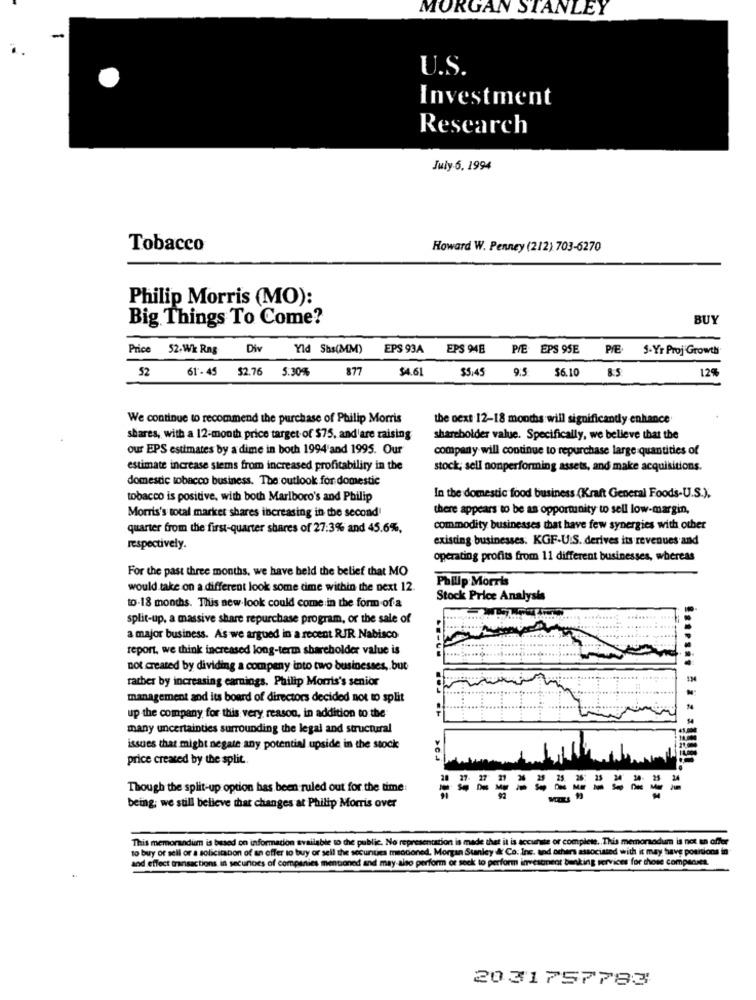
MORGAN STANLEY
-
U.S.
Investment
Research
July.6. 1994
Tobacco
Howard W. Penney (212) 703-6270
Philip Morris (MO):
Big Things To Come?
BUY
Price
52.Wk Rng
Div
Yld Shs(MM)
EPS 93A
EPS 94B
P/E EPS 95E
5-Yr Proj Growth
52
61-45
$2.76
5.30%
877
$4.61
$5.45
9.5
$6.10
8.5
12%
We continue to recommend the purchase of Philip Morris
the ocxt 12-18 months will significantly enhance
shares, with a 12-month price target of $75, and are raising
shareholder value. Specifically, we believe that the
our EPS estimates by a dime in both 1994'and 1995. Our
company will continue to repurchase large quantities of
estimate increase stems from increased profitability in the
stock, sell nonperforming assets, and make acquisitions.
domestic tobacco business. The outlook for domestic
tobacco is positive, with both Marlboro's and Philip
In the domestic food business (Kraft General Foods-U.S.),
there appears to be an opportunity to sell low-margin,
Morris's total market shares increasing in the second
quarter from the first-quarter shares of 27:3% and 45.6%,
commodity businesses that have few synergies with other
existing businesses. KGF.U.S. derives its revenues and
respectively.
operating profits from 11 different businesses, whereas
For the past three months, we have held the belief that MO
Philip Morris
would take on a different look some time within the next 12.
Stock Price Analysis
to-18 months. This new look could come in the form of a
split-up. a massive share repurchase program, or the sale of
a major business. As we argued in a recent RJR. Nabisco
report, we think increased long-term shareholder value is
not created by dividing a company into two businesses, but
rather by increasing earnings. Philip Morris's senior
management and its board of directors decided not to split
up the company for this very reason, in addition to the
many uncertainties surrounding the legal and structural
issues that might negate any potential upside in the stock
price created by the split ..
>ci
Though the split-up option has been ruled out for the time
being: we still believe that changes at Philip Morris over
This memorandum is based on information available to the public. No representation is made thet it is accurate or complete .. This memonadum is not an offer
to buy or sell or a solicitanon of an offer to buy or sell the secunties meoconed. Morgan Stanley & Co. Inc. and others associated with it may have por
and effect transactions. in securioes of companies mentioned and may also perform or seek to perform investment banking services for those companies.
20 31757783